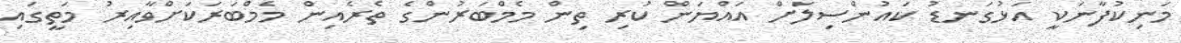
މަނިކުފާނަކީ އަޅުގަނޑު ކައުންސިލަށް އައްޔަން ކުރި ތިން މެމްބަރުންގެ ތެރެއިން މެމްބަރަކަށްވާއިރު މަތީގައި